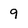
Character: 9